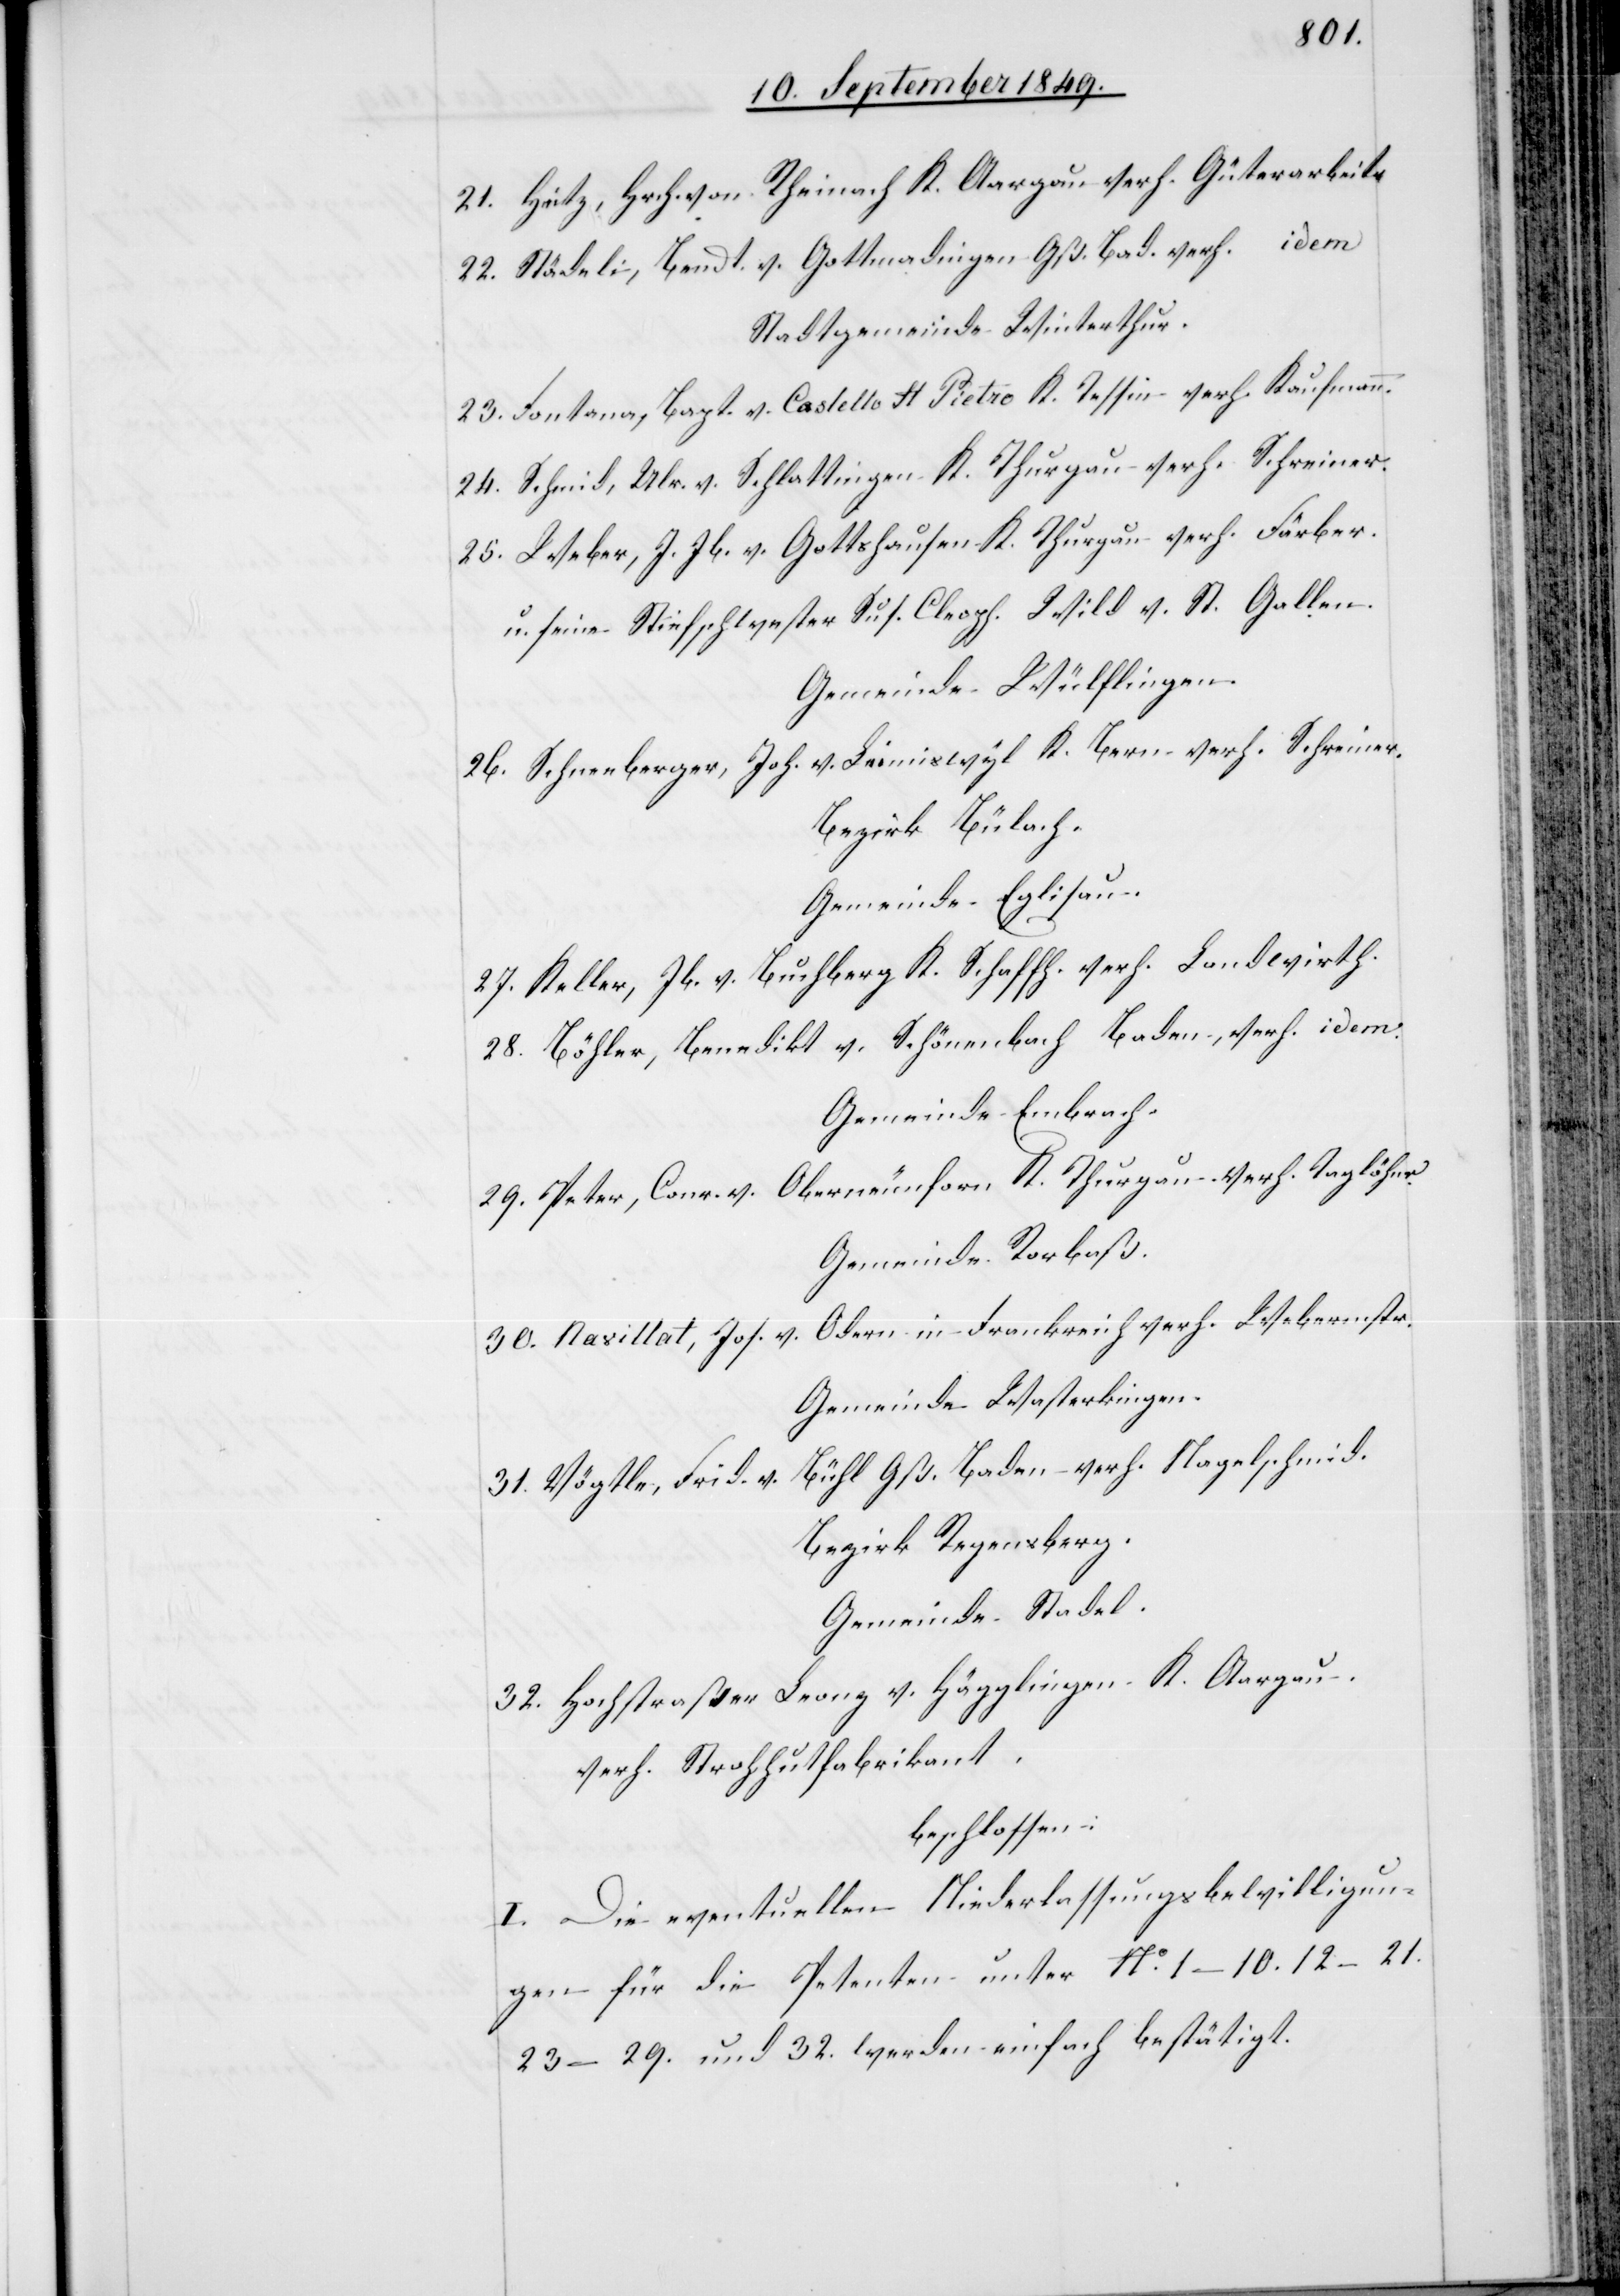
21. Hetz, Hrch von Rheinach K. Aargau verh. Güterarbeitr
22. Städeli, Bendt. v. Gottmadingen Gß. Bad. verh. idem
Stadtgemeinde Winterthur.
23. Fontana, Bapt. v. Castello St. Pietro K. Tessin verh. Kaufmann.
24. Schmid, Ulr. v. Schlattingen K. Thurgau verh. Schreiner.
25. Weber, J. Jb. v. Gottshausen K. Thurgau verh. Färber.
u. seine Stiefschwester Sus. Cleoph. Wild v. St. Gallen
Gemeinde Wülflingen.
26. Schneeberger, Joh. v. Leimiswyl K. Bern verh. Schreiner.
Bezirk Bülach.
Gemeinde Eglisau.
27. Keller, Jb. v. Buchberg K. Schaffhausen verh. Landwirth
28. Böhler, Benedikt v. Schönenbach Baden, verh. idem.
Gemeinde Embrach.
29. Peter, Conr. v. Oberneuforn, K. Thurgau verh. Taglöhner.
Gemeinde Rorbaß.
Odern in Frankreich verh. Webermstr.
30. Nasillat, Jos. v.
Gemeinde Wasterkingen.
Bühl Gß. Baden verh. Nagelschmid.
31. Vögtle, Frid. v.
Bezirk Regensberg.
Gemeinde Stadel.
32. Hochstraßer Leonz v. Hägglingen K. Aargau.
verh. Strohhutfabrikant.
beschlossen:
I. Die eventuellen Niederlassungsbewilligun¬
gen für die Petenten unter No. 1–10. 12–21.
23–29. und 32. werden einfach bestätigt.